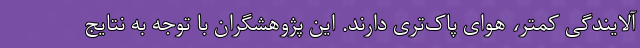
آلایندگی کمتر، هوای پاک‌تری دارند. این پژوهشگران با توجه به نتایج